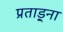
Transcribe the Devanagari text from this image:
प्रताड़्ना